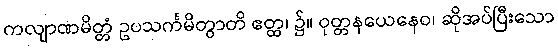
ကလျာဏမိတ္တံ ဥပသင်္ကမိတွာတိ ဧတ္ထ၊ ၌။ ဝုတ္တနယေနေဝ၊ ဆိုအပ်ပြီးသော